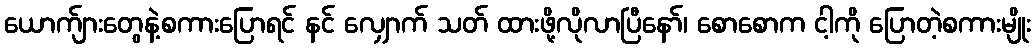
ယောက်ျားတွေနဲ့စကားပြောရင် နင် လျှောက် သတ် ထားဖို့လိုလာပြီနော်၊ စောစောက ငါ့ကို ပြောတဲ့စကားမျိုး